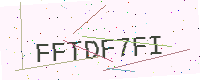
Text: FFTDF7FI